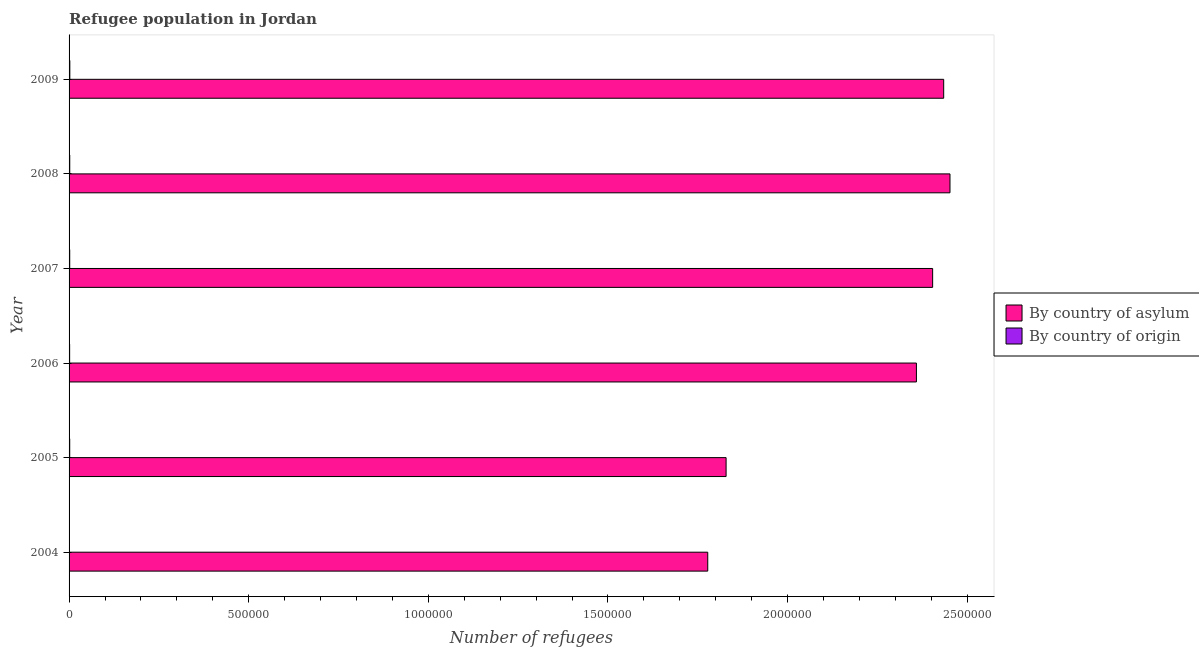
| Year | By country of asylum | By country of origin |
 | --- | --- | --- |
 | 2004 | 1.78e+06 | 1.17e+03 |
 | 2005 | 1.83e+06 | 1.79e+03 |
 | 2006 | 2.36e+06 | 1.6e+03 |
 | 2007 | 2.4e+06 | 1.79e+03 |
 | 2008 | 2.45e+06 | 1.89e+03 |
 | 2009 | 2.43e+06 | 2.13e+03 |